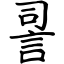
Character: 䛐